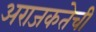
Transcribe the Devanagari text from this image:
अराजकतेची